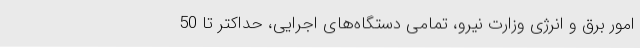
امور برق و انرژی وزارت نیرو، تمامی دستگاه‌های اجرایی، حداکتر تا 50